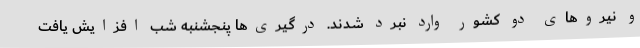
و نیروهای دو کشور وارد نبرد شدند. درگیری‌ها پنجشنبه شب افزایش یافت